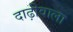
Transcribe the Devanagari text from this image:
दाढ़ीवाला